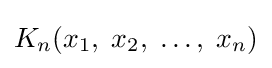
K_{n}(x_{1},\;x_{2},\;\ldots ,\;x_{n})